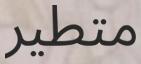
متطير